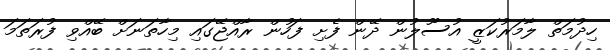
ހިދުމަތް ލާމަރުކަޒީ އުސޫލުން ދޭން ފެށި ފަހުން ރާއްޖޭގައި މިހާތަނަށް ބޭއްވި ފުރަތަމަ